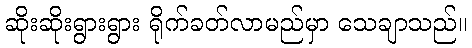
ဆိုးဆိုးရွားရွား ရိုက်ခတ်လာမည်မှာ သေချာသည်။